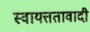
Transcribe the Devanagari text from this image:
स्वायत्ततावादी